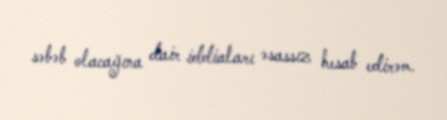
səbəb olacağına dair iddiaları əsassız hesab edirəm.